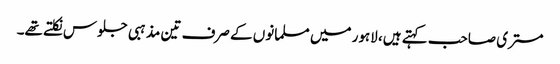
مستری صاحب کہتے ہیں، لاہور میں مسلمانوں کے صرف تین مذہبی جلوس نکلتے تھے۔